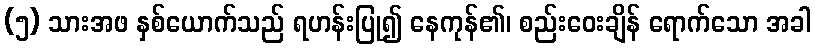
(၅) သားအဖ နှစ်ယောက်သည် ရဟန်းပြု၍ နေကုန်၏၊ စည်းဝေးချိန် ရောက်သော အခါ